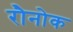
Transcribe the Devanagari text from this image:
रौनोक